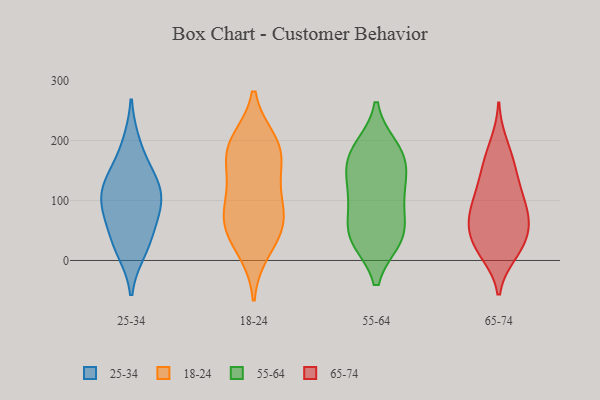
{"axis": {"x": "Inventory Turnover", "y": "Value"}, "legend": ["18-24", "25-34", "55-64", "65-74"], "data": [{"x": "", "y": 195, "type": "25-34"}, {"x": "", "y": 90, "type": "25-34"}, {"x": "", "y": 98, "type": "25-34"}, {"x": "", "y": 54, "type": "25-34"}, {"x": "", "y": 27, "type": "25-34"}, {"x": "", "y": 16, "type": "25-34"}, {"x": "", "y": 142, "type": "25-34"}, {"x": "", "y": 123, "type": "25-34"}, {"x": "", "y": 87, "type": "25-34"}, {"x": "", "y": 136, "type": "25-34"}, {"x": "", "y": 178, "type": "18-24"}, {"x": "", "y": 109, "type": "18-24"}, {"x": "", "y": 49, "type": "18-24"}, {"x": "", "y": 73, "type": "18-24"}, {"x": "", "y": 197, "type": "18-24"}, {"x": "", "y": 135, "type": "18-24"}, {"x": "", "y": 55, "type": "18-24"}, {"x": "", "y": 181, "type": "18-24"}, {"x": "", "y": 78, "type": "18-24"}, {"x": "", "y": 18, "type": "18-24"}, {"x": "", "y": 190, "type": "18-24"}, {"x": "", "y": 113, "type": "55-64"}, {"x": "", "y": 37, "type": "55-64"}, {"x": "", "y": 172, "type": "55-64"}, {"x": "", "y": 44, "type": "55-64"}, {"x": "", "y": 186, "type": "55-64"}, {"x": "", "y": 47, "type": "55-64"}, {"x": "", "y": 99, "type": "55-64"}, {"x": "", "y": 120, "type": "55-64"}, {"x": "", "y": 174, "type": "55-64"}, {"x": "", "y": 161, "type": "55-64"}, {"x": "", "y": 38, "type": "55-64"}, {"x": "", "y": 93, "type": "65-74"}, {"x": "", "y": 16, "type": "65-74"}, {"x": "", "y": 77, "type": "65-74"}, {"x": "", "y": 73, "type": "65-74"}, {"x": "", "y": 160, "type": "65-74"}, {"x": "", "y": 67, "type": "65-74"}, {"x": "", "y": 50, "type": "65-74"}, {"x": "", "y": 35, "type": "65-74"}, {"x": "", "y": 135, "type": "65-74"}, {"x": "", "y": 19, "type": "65-74"}, {"x": "", "y": 111, "type": "65-74"}, {"x": "", "y": 164, "type": "65-74"}, {"x": "", "y": 111, "type": "65-74"}, {"x": "", "y": 12, "type": "65-74"}, {"x": "", "y": 52, "type": "65-74"}, {"x": "", "y": 195, "type": "65-74"}]}